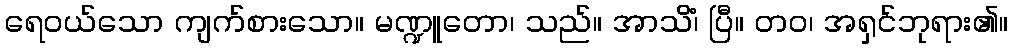
ရေဝယ်သော ကျက်စားသော။ မဏ္ဍူတော၊ သည်။ အာသိံ၊ ပြီ။ တဝ၊ အရှင်ဘုရား၏။